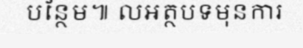
បន្ថែម៕ លអត្ថបទមុនការ